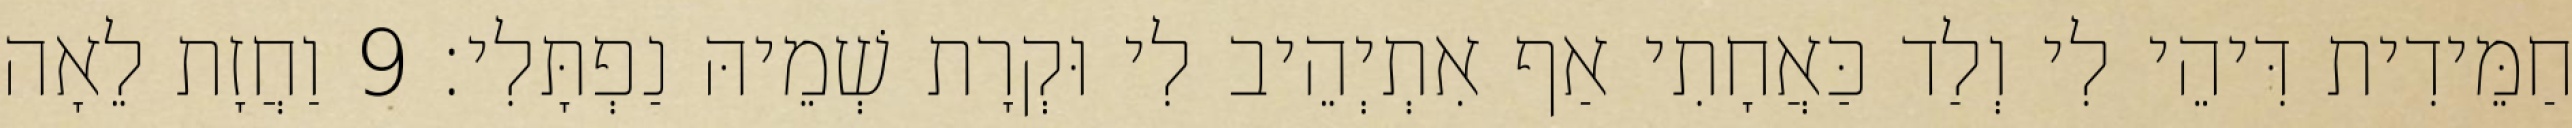
חַמֵּידִית דִּיהֵי לִי וְלַד כַּאֲחָתִי אַף אִתְיְהֵיב לִי וּקְרָת שְׁמֵיהּ נַפְתָּלִי׃ 9 וַחֲזָת לֵאָה